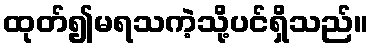
ထုတ်၍မရသကဲ့သို့ပင်ရှိသည်။